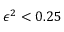
\epsilon ^ { 2 } < 0 . 2 5 ~ \